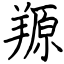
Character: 羱